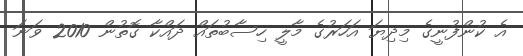
އެ ކުންފުނީގެ މިދިޔަ އަހަރުގެ މާލީ ހިސާބުތައް ދައްކާ ގޮތުން 2010 ވަނަ